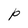
Character: P